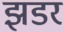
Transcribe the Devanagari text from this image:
झडर